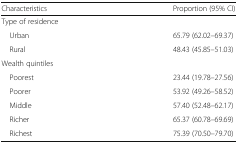
<table><thead><tr><td><b>Characteristics</b></td><td><b>Proportion (95% CI)</b></td></tr></thead><tbody><tr><td colspan="2">Type of residence</td></tr><tr><td> Urban</td><td>65.79 (62.02–69.37)</td></tr><tr><td> Rural</td><td>48.43 (45.85–51.03)</td></tr><tr><td colspan="2">Wealth quintiles</td></tr><tr><td> Poorest</td><td>23.44 (19.78–27.56)</td></tr><tr><td> Poorer</td><td>53.92 (49.26–58.52)</td></tr><tr><td> Middle</td><td>57.40 (52.48–62.17)</td></tr><tr><td> Richer</td><td>65.37 (60.78–69.69)</td></tr><tr><td> Richest</td><td>75.39 (70.50–79.70)</td></tr></tbody></table>